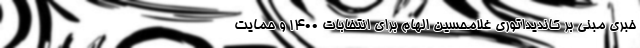
خبری مبنی بر کاندیداتوری غلامحسین الهام برای انتخابات ۱۴۰۰ و حمایت